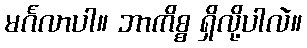
မင်္ဂလာပါ။ ဘာကိစ္စ ရှိလို့ပါလဲ။